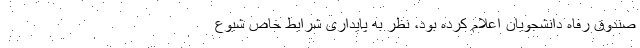
صندوق رفاه دانشجویان اعلام کرده بود، نظر به پایداری شرایط خاص شیوع